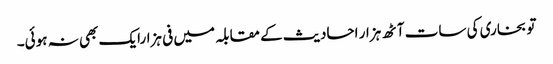
تو بخاری کی سات آٹھ ہزار احادیث کے مقابلہ میں فی ہزارایک بھی نہ ہوئی۔